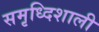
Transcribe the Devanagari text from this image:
समृध्दिशाली